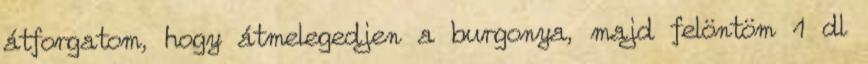
átforgatom, hogy átmelegedjen a burgonya, majd felöntöm 1 dl